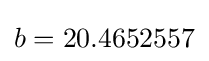
b=20.4652557